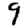
Digit: 9